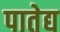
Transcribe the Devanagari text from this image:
पातेद्य